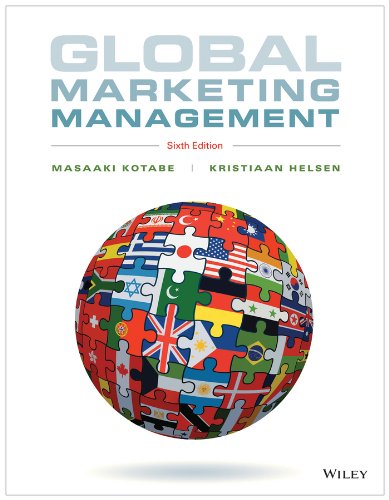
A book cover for Global Marketing Management; Masaaki (Mike) Kotabe; Business & Money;